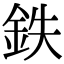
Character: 鉄